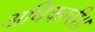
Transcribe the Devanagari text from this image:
अधिकारी।।